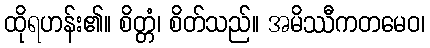
ထိုရဟန်း၏။ စိတ္တံ၊ စိတ်သည်။ အမိဿီကတမေဝ၊